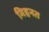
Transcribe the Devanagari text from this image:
मिहनत